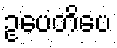
ဥပေတိပေ